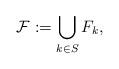
LaTeX: \begin{align*} \mathcal{F} := \bigcup_{k \in S} F_k,\end{align*}